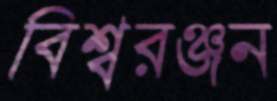
বিশ্বরঞ্জন